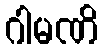
ဂါမဏိ